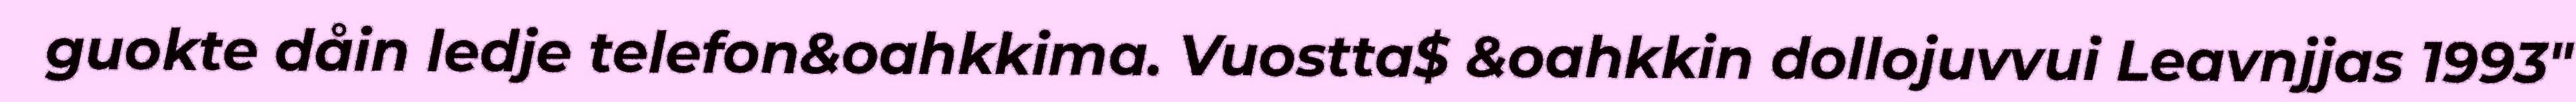
guokte dåin ledje telefon&oahkkima. Vuostta$ &oahkkin dollojuvvui Leavnjjas 1993"